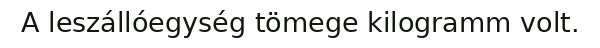
A leszállóegység tömege kilogramm volt.